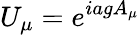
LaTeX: U_{\mu}=e^{iagA_{\mu}}